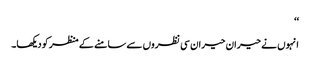
‘‘
انہوں نے حیران حیران سی نظروں سے سامنے کے منظر کو دیکھا۔